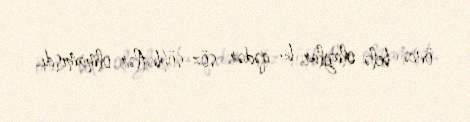
öncə belə olaylar, bu qədər söz-söhbətlər olmamışdı.